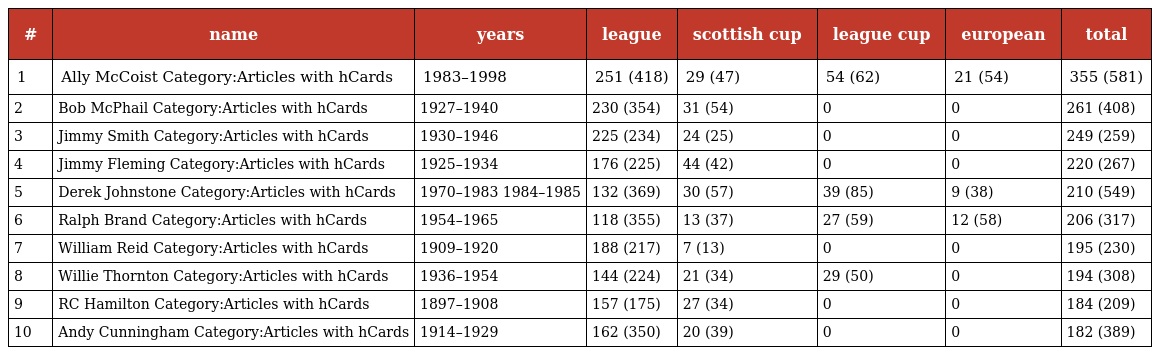
| # | name | years | league | scottish cup | league cup | european | total |
 | --- | --- | --- | --- | --- | --- | --- | --- |
 | 1 | Ally McCoist Category:Articles with hCards | 1983–1998 | 251 (418) | 29 (47) | 54 (62) | 21 (54) | 355 (581) |
 | 2 | Bob McPhail Category:Articles with hCards | 1927–1940 | 230 (354) | 31 (54) | 0 | 0 | 261 (408) |
 | 3 | Jimmy Smith Category:Articles with hCards | 1930–1946 | 225 (234) | 24 (25) | 0 | 0 | 249 (259) |
 | 4 | Jimmy Fleming Category:Articles with hCards | 1925–1934 | 176 (225) | 44 (42) | 0 | 0 | 220 (267) |
 | 5 | Derek Johnstone Category:Articles with hCards | 1970–1983 1984–1985 | 132 (369) | 30 (57) | 39 (85) | 9 (38) | 210 (549) |
 | 6 | Ralph Brand Category:Articles with hCards | 1954–1965 | 118 (355) | 13 (37) | 27 (59) | 12 (58) | 206 (317) |
 | 7 | William Reid Category:Articles with hCards | 1909–1920 | 188 (217) | 7 (13) | 0 | 0 | 195 (230) |
 | 8 | Willie Thornton Category:Articles with hCards | 1936–1954 | 144 (224) | 21 (34) | 29 (50) | 0 | 194 (308) |
 | 9 | RC Hamilton Category:Articles with hCards | 1897–1908 | 157 (175) | 27 (34) | 0 | 0 | 184 (209) |
 | 10 | Andy Cunningham Category:Articles with hCards | 1914–1929 | 162 (350) | 20 (39) | 0 | 0 | 182 (389) |